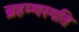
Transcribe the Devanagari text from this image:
ब्रहम्णस्पति